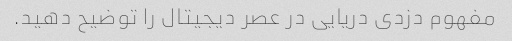
مفهوم دزدی دریایی در عصر دیجیتال را توضیح دهید.